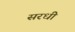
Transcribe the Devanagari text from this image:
सरधी